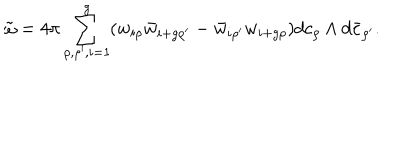
LaTeX: \tilde { \omega } = 4 \pi \sum _ { \rho , \rho ^ { \prime } , i = 1 } ^ { g } ( w _ { i \rho } { \bar { w } } _ { i + g \rho ^ { \prime } } - { \bar { w } } _ { i \rho ^ { \prime } } w _ { i + g \rho } ) d c _ { \rho } \wedge d { \bar { c } } _ { \rho ^ { \prime } } .